DOW-UAP-D48, Department of the Air Force Report, 1996
Agency: Department of War
Incident date: 9/10/96
Page 44
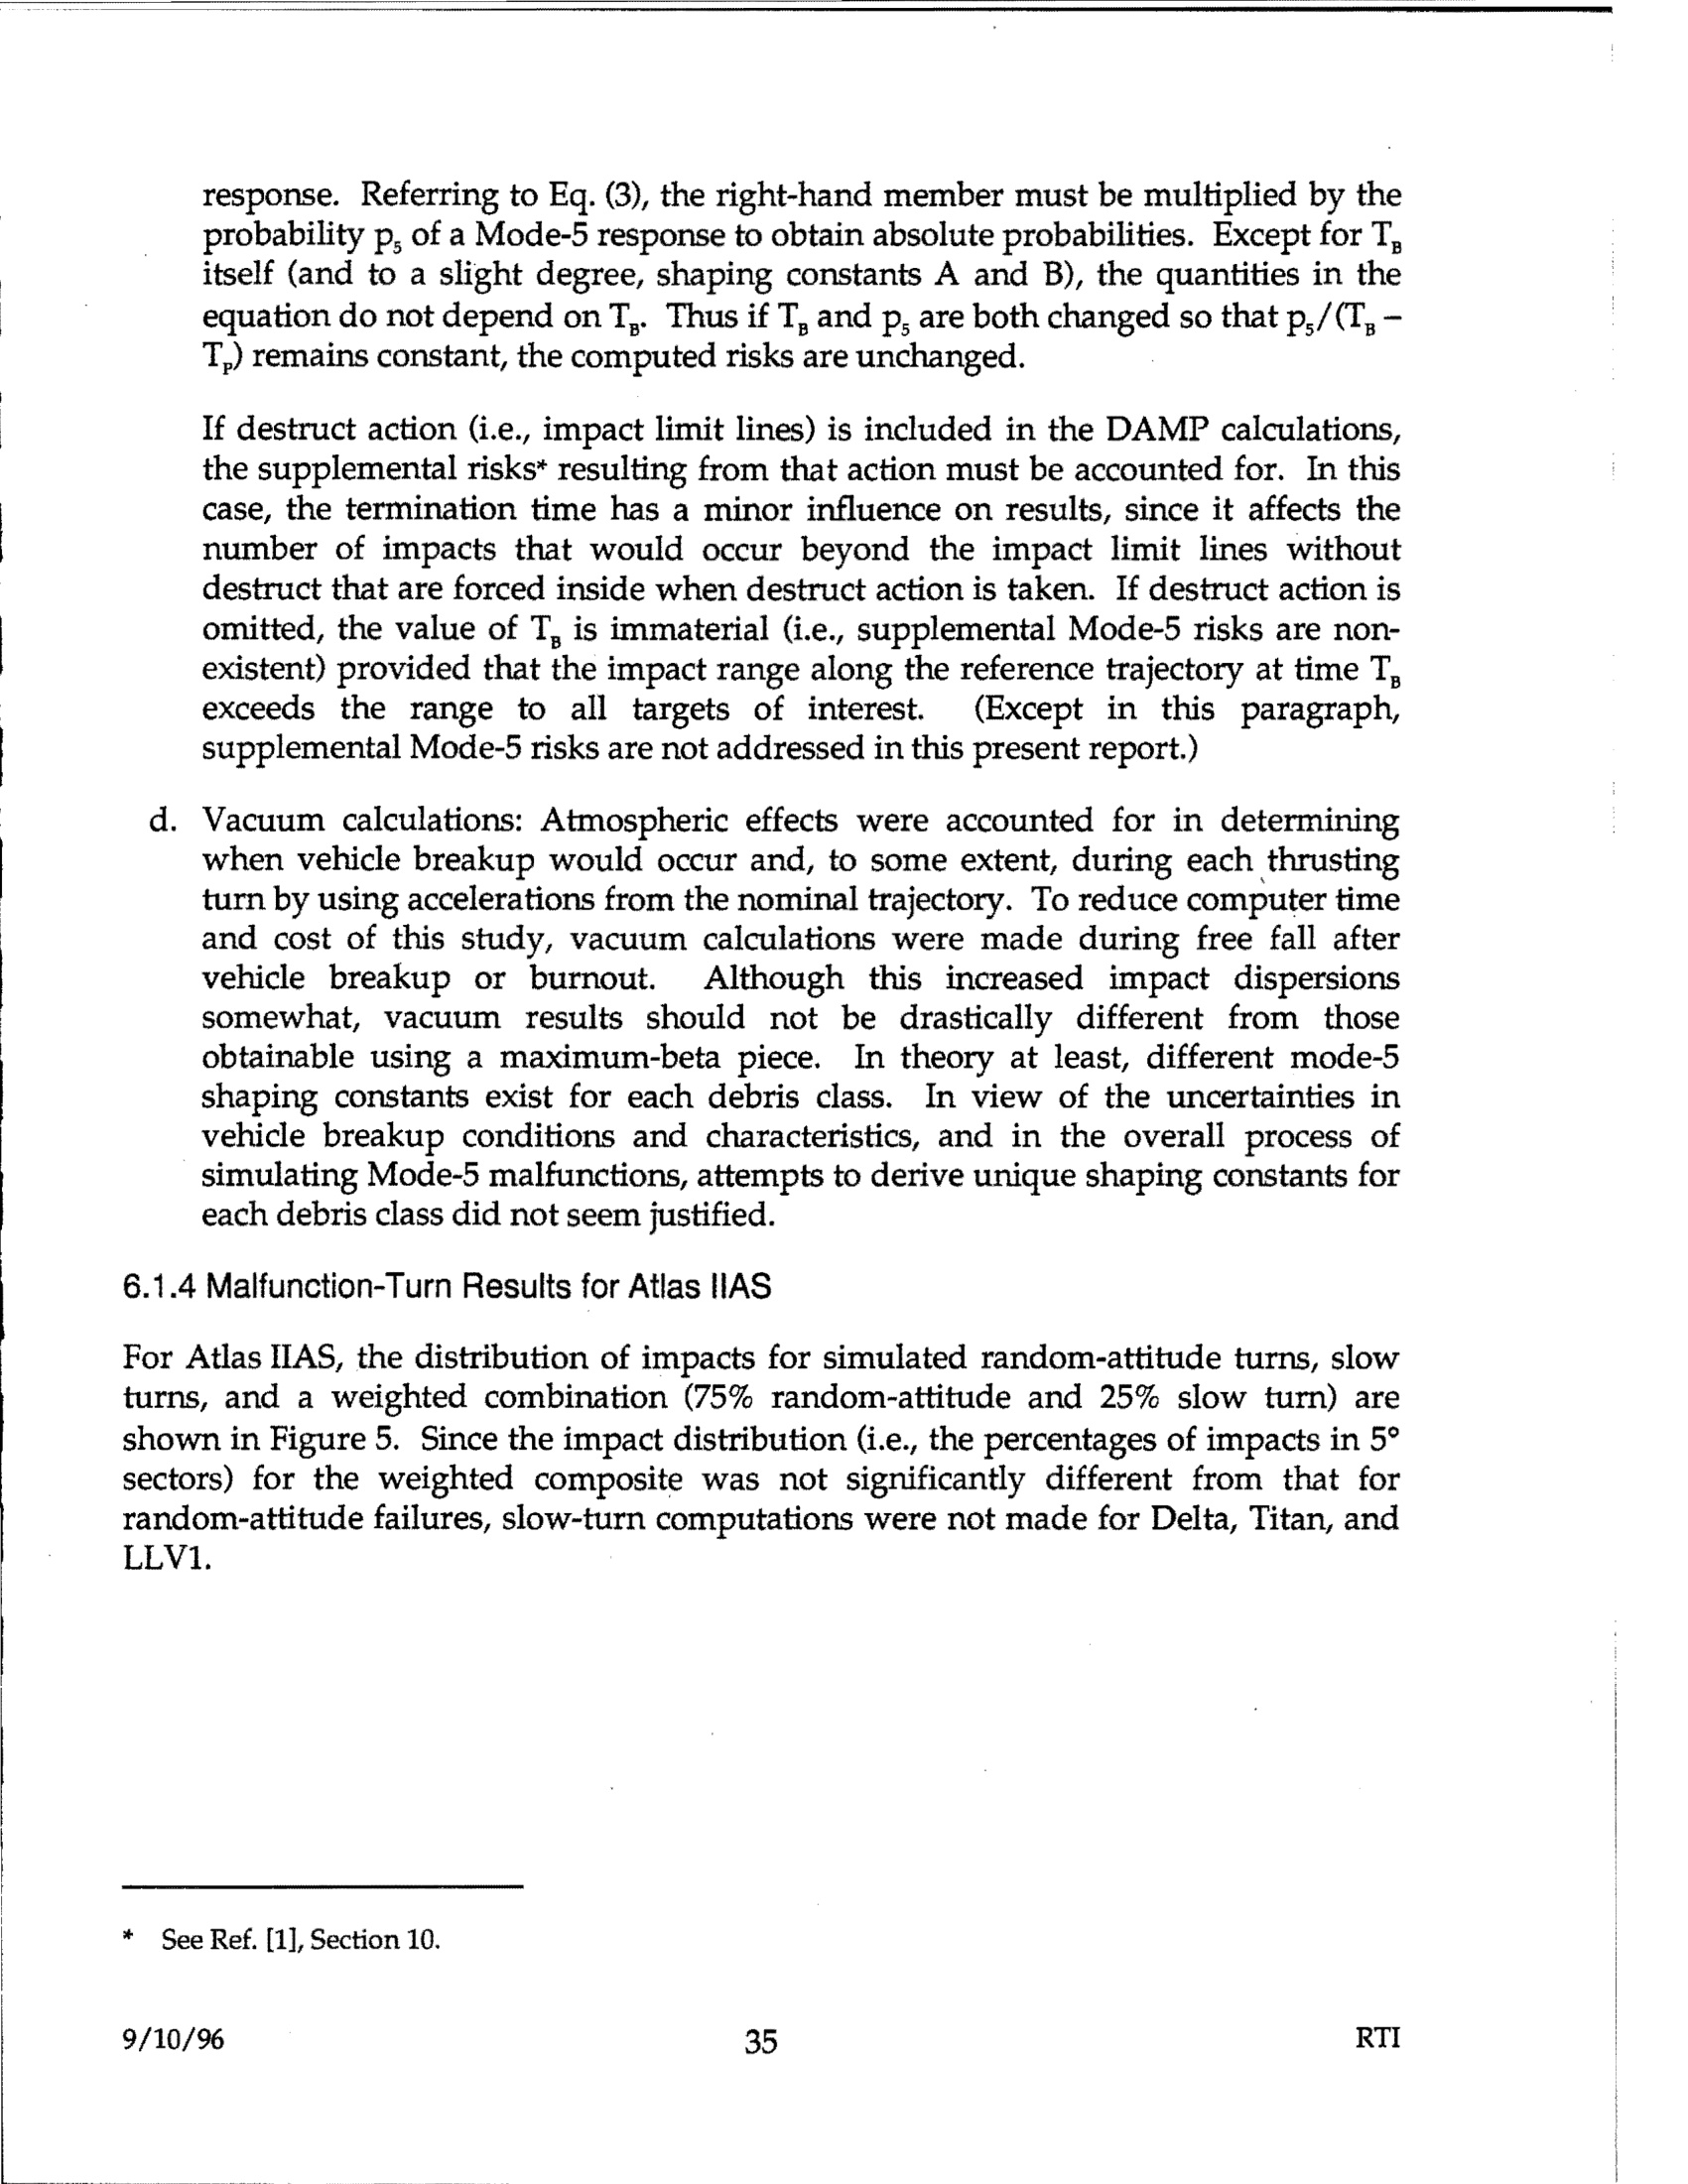